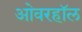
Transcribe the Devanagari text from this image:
ओवरहॉल